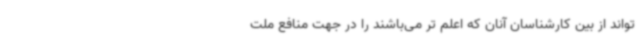
‌تواند از بین کارشناسان آنان که اعلم تر می‌باشند را در جهت منافع ملت